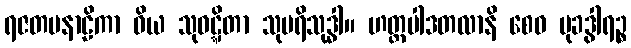
ရဇတပနာဠိကာ ဝိယ သုဝဋ္ဋိတာ သုပရိသုဒ္ဓါ။ ဟတ္ထပါဒတလာနိ စေဝ မုခဒွါရဉ္စ